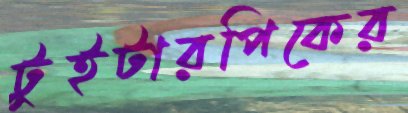
টুইটারপিকের